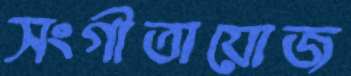
সংগীতায়োজ